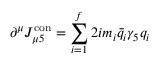
\partial ^ { \mu } J _ { \mu 5 } ^ { \mathrm { c o n } } = \sum _ { i = 1 } ^ { f } 2 i m _ { i } \bar { q } _ { i } \gamma _ { 5 } q _ { i }